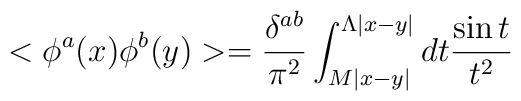
<\phi^a(x) \phi^b(y)> = \frac{\delta^{ab}}{\pi^2}\int_{M|x-y|}^{\Lambda|x-y|} dt \frac{\sin t}{t^2}